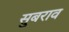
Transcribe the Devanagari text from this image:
सुबराव